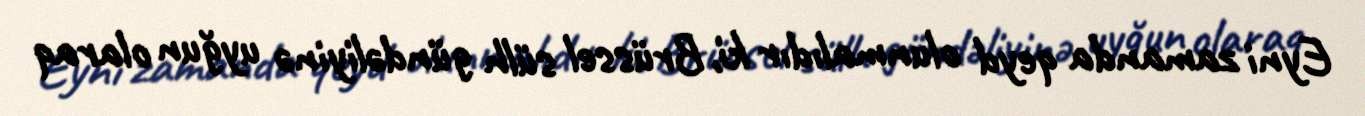
Eyni zamanda qeyd olunmalıdır ki, Brüssel sülh gündəliyinə uyğun olaraq